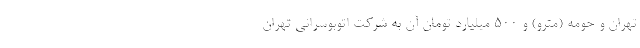
تهران و حومه (مترو) و ۵۰۰ میلیارد تومان آن به شرکت اتوبوسرانی تهران